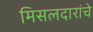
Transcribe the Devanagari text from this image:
मिसलदारांचे